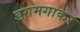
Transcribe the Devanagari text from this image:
डगमगाकर